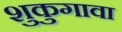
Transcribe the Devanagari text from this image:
शुकुगावा